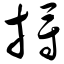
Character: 捋